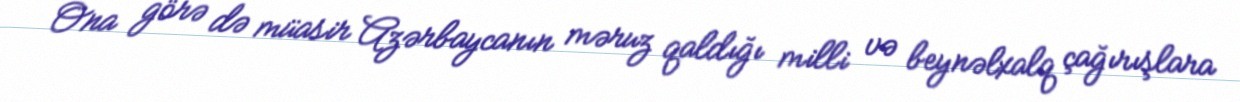
Ona görə də müasir Azərbaycanın məruz qaldığı milli və beynəlxalq çağırışlara